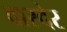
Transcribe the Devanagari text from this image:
दारदेर